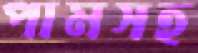
পামসহ